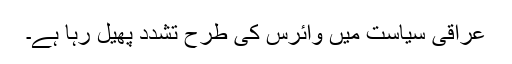
عراقی سیاست میں وائرس کی طرح تشدد پھیل رہا ہے۔